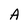
Character: A